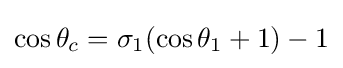
\cos \theta _{c}=\sigma _{1}(\cos \theta _{1}+1)-1